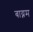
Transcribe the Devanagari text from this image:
बाय्नम